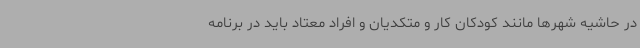
در حاشیه شهرها مانند کودکان کار و متکدیان و افراد معتاد باید در برنامه